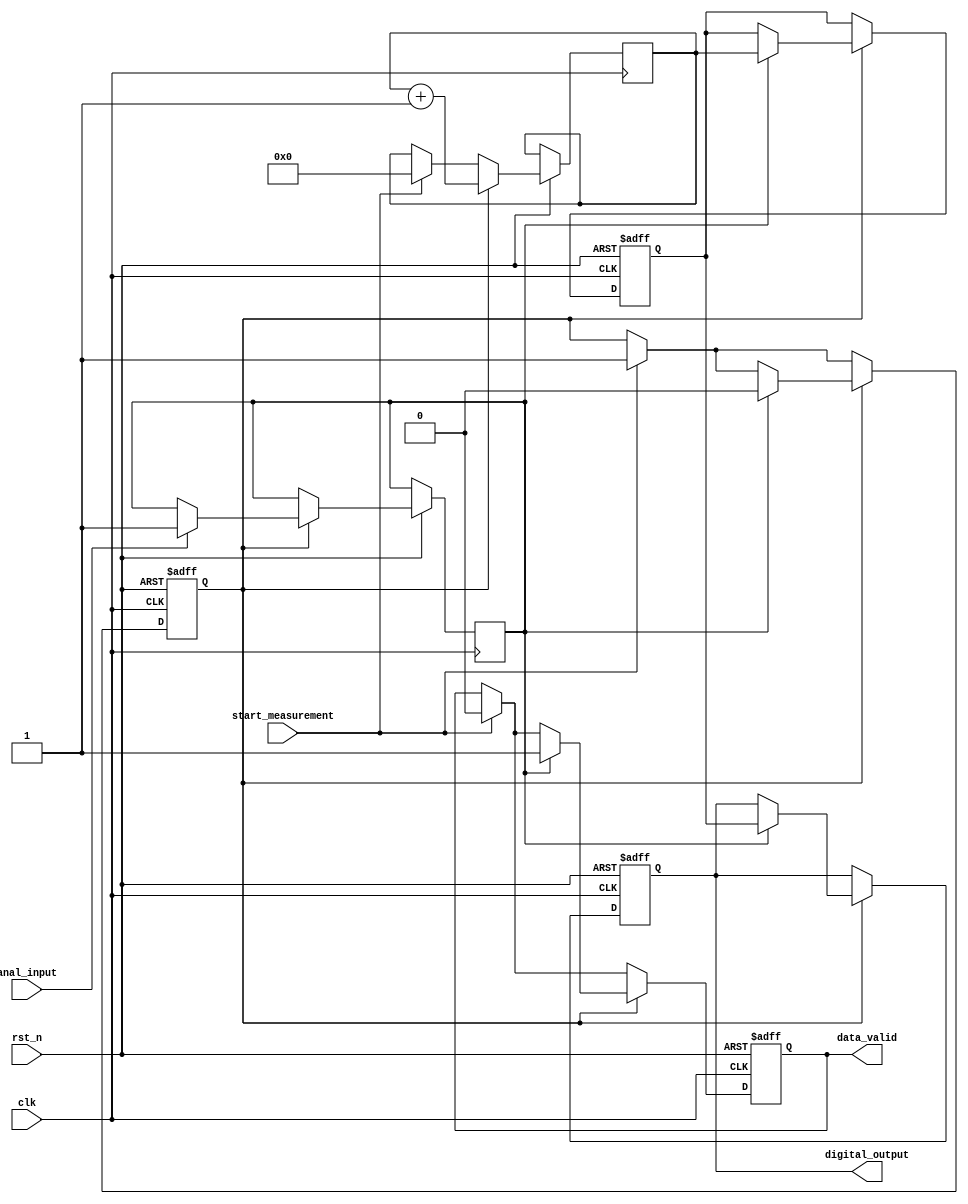
module TDC (
    input wire clk,                      // System clock
    input wire rst_n,                    // Active low reset
    input wire anal_input,               // Analog input signal (sampled)
    output wire [15:0] digital_output,   // 16-bit digital output representing time
    output wire data_valid,              // Indicates valid data is available
    input wire start_measurement          // Signal to start measurement
);
    
    // Parameters
    parameter COUNTER_WIDTH = 16;       // Width of the digital counter
    parameter MAX_COUNT = (1 << COUNTER_WIDTH) - 1; // Maximum count value

    // Internal Signals
    reg [COUNTER_WIDTH-1:0] counter;    // Digital counter
    reg [COUNTER_WIDTH-1:0] time_stamp; // Holds the timestamp of the transition
    reg capturing;                       // Flag to indicate capturing state
    reg valid_data;                      // Flag for valid data availability
    reg [15:0] stored_time;              // Memory block to store the time

    // Analog Comparator (simplified for digital logic)
    reg compare_flag;                    // Comparator output

    // Sample and Hold Logic (simplified)
    always @(posedge clk or negedge rst_n) begin
        if (!rst_n) begin
            capturing <= 0;
            time_stamp <= 0;
            valid_data <= 0;
            stored_time <= 0;
        end
        else begin
            if (start_measurement) begin
                capturing <= 1; // Start capturing
                counter <= 0;   // Reset counter
                valid_data <= 0; // Reset valid data
            end
            
            if (capturing) begin
                if (anal_input) begin // Simulating analog comparator
                    compare_flag <= 1;
                end

                // Incrementing the counter during capturing
                counter <= counter + 1;

                // Capture the timestamp when the comparator detects a rising edge
                if (compare_flag) begin
                    time_stamp <= counter;
                    stored_time <= time_stamp; // Store in memory block
                    valid_data <= 1; // Mark data as valid
                    capturing <= 0; // Stop capturing after one transition
                end
            end
        end
    end

    // Assign outputs
    assign digital_output = stored_time;
    assign data_valid = valid_data;

endmodule